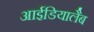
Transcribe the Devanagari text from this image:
आईडियालैब